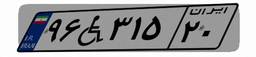
۳۶W۴۱۵۵۶